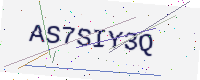
Text: AS7SIY3Q